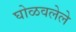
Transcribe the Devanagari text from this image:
घोळवलेले